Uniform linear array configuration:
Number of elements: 4
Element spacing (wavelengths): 1
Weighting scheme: exponential
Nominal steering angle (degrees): -60
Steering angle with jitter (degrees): -61.039
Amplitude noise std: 0.05
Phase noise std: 0.05

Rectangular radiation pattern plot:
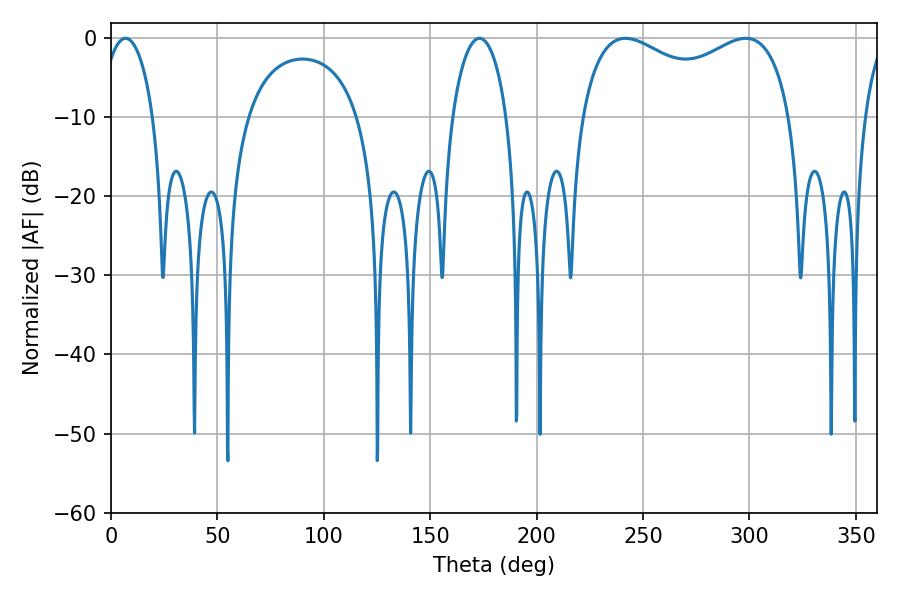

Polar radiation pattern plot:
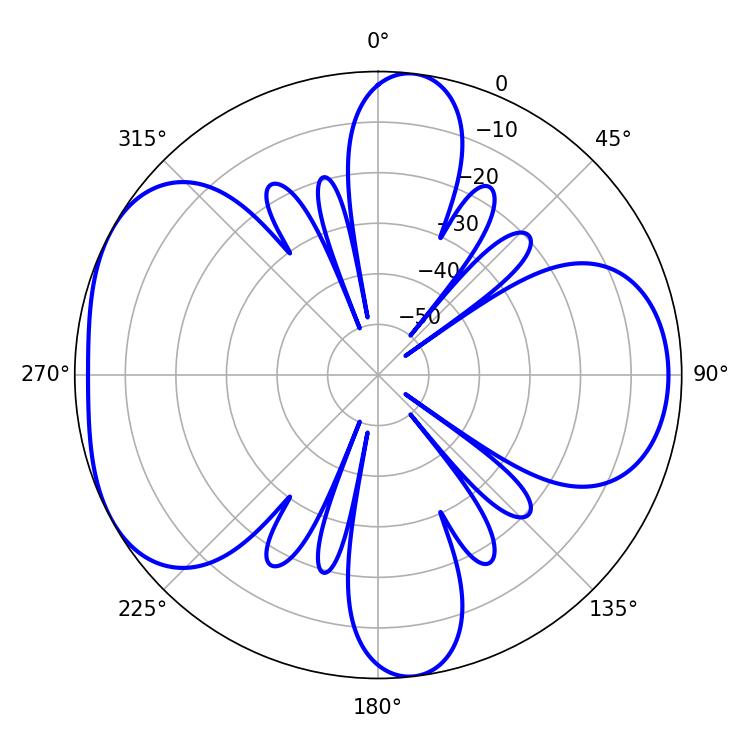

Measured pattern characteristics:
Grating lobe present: TRUE
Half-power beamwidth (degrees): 82.08
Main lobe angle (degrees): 241.74